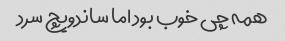
همه چی خوب بود اما ساندویچ سرد